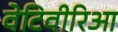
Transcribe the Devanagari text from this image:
वेटिवीरिआ